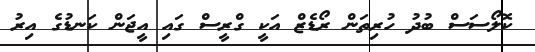
ކޮލޯސަސް ބުދު ހުރިތަން ރޯޑެޒް އަކީ ގްރީސް ގައި އީޖަން ކަނޑުގެ އިރު